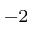
^ { - 2 }